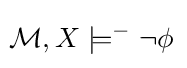
\!{\mathcal {M}},X\models ^{-}\lnot \phi